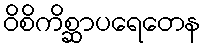
ဝိစိကိစ္ဆာပရေတေန